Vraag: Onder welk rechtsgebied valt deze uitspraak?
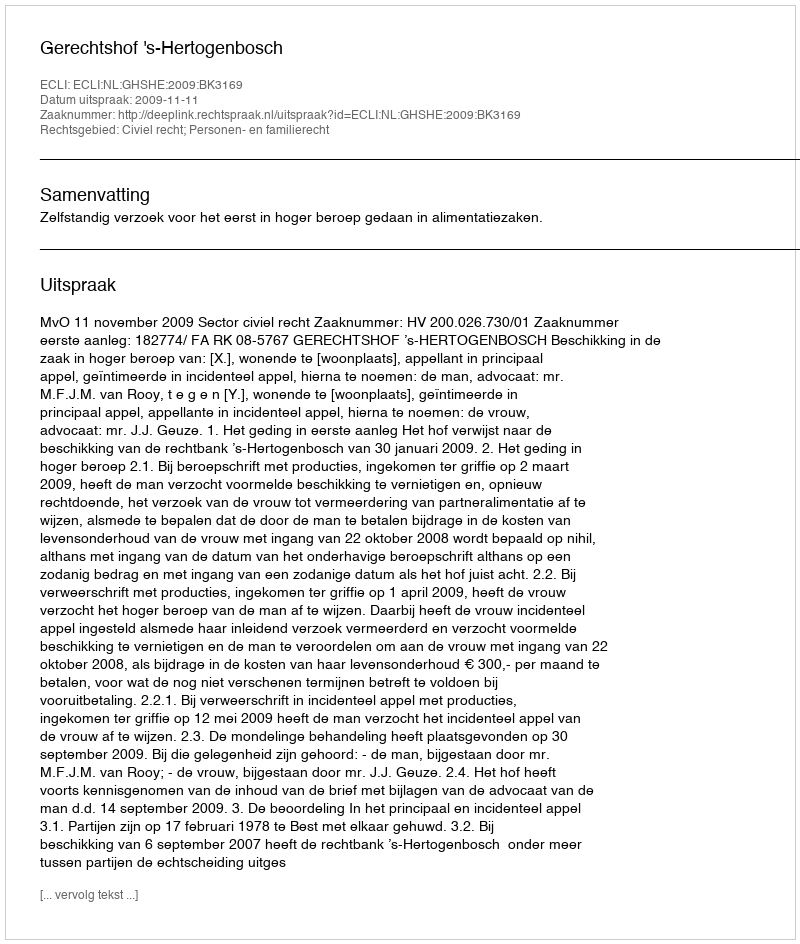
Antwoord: Civiel recht; Personen- en familierecht